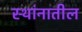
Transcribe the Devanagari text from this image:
स्थांनातील